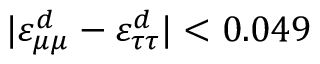
\vert \varepsilon _ { \mu \mu } ^ { d } - \varepsilon _ { \tau \tau } ^ { d } \vert < 0 . 0 4 9